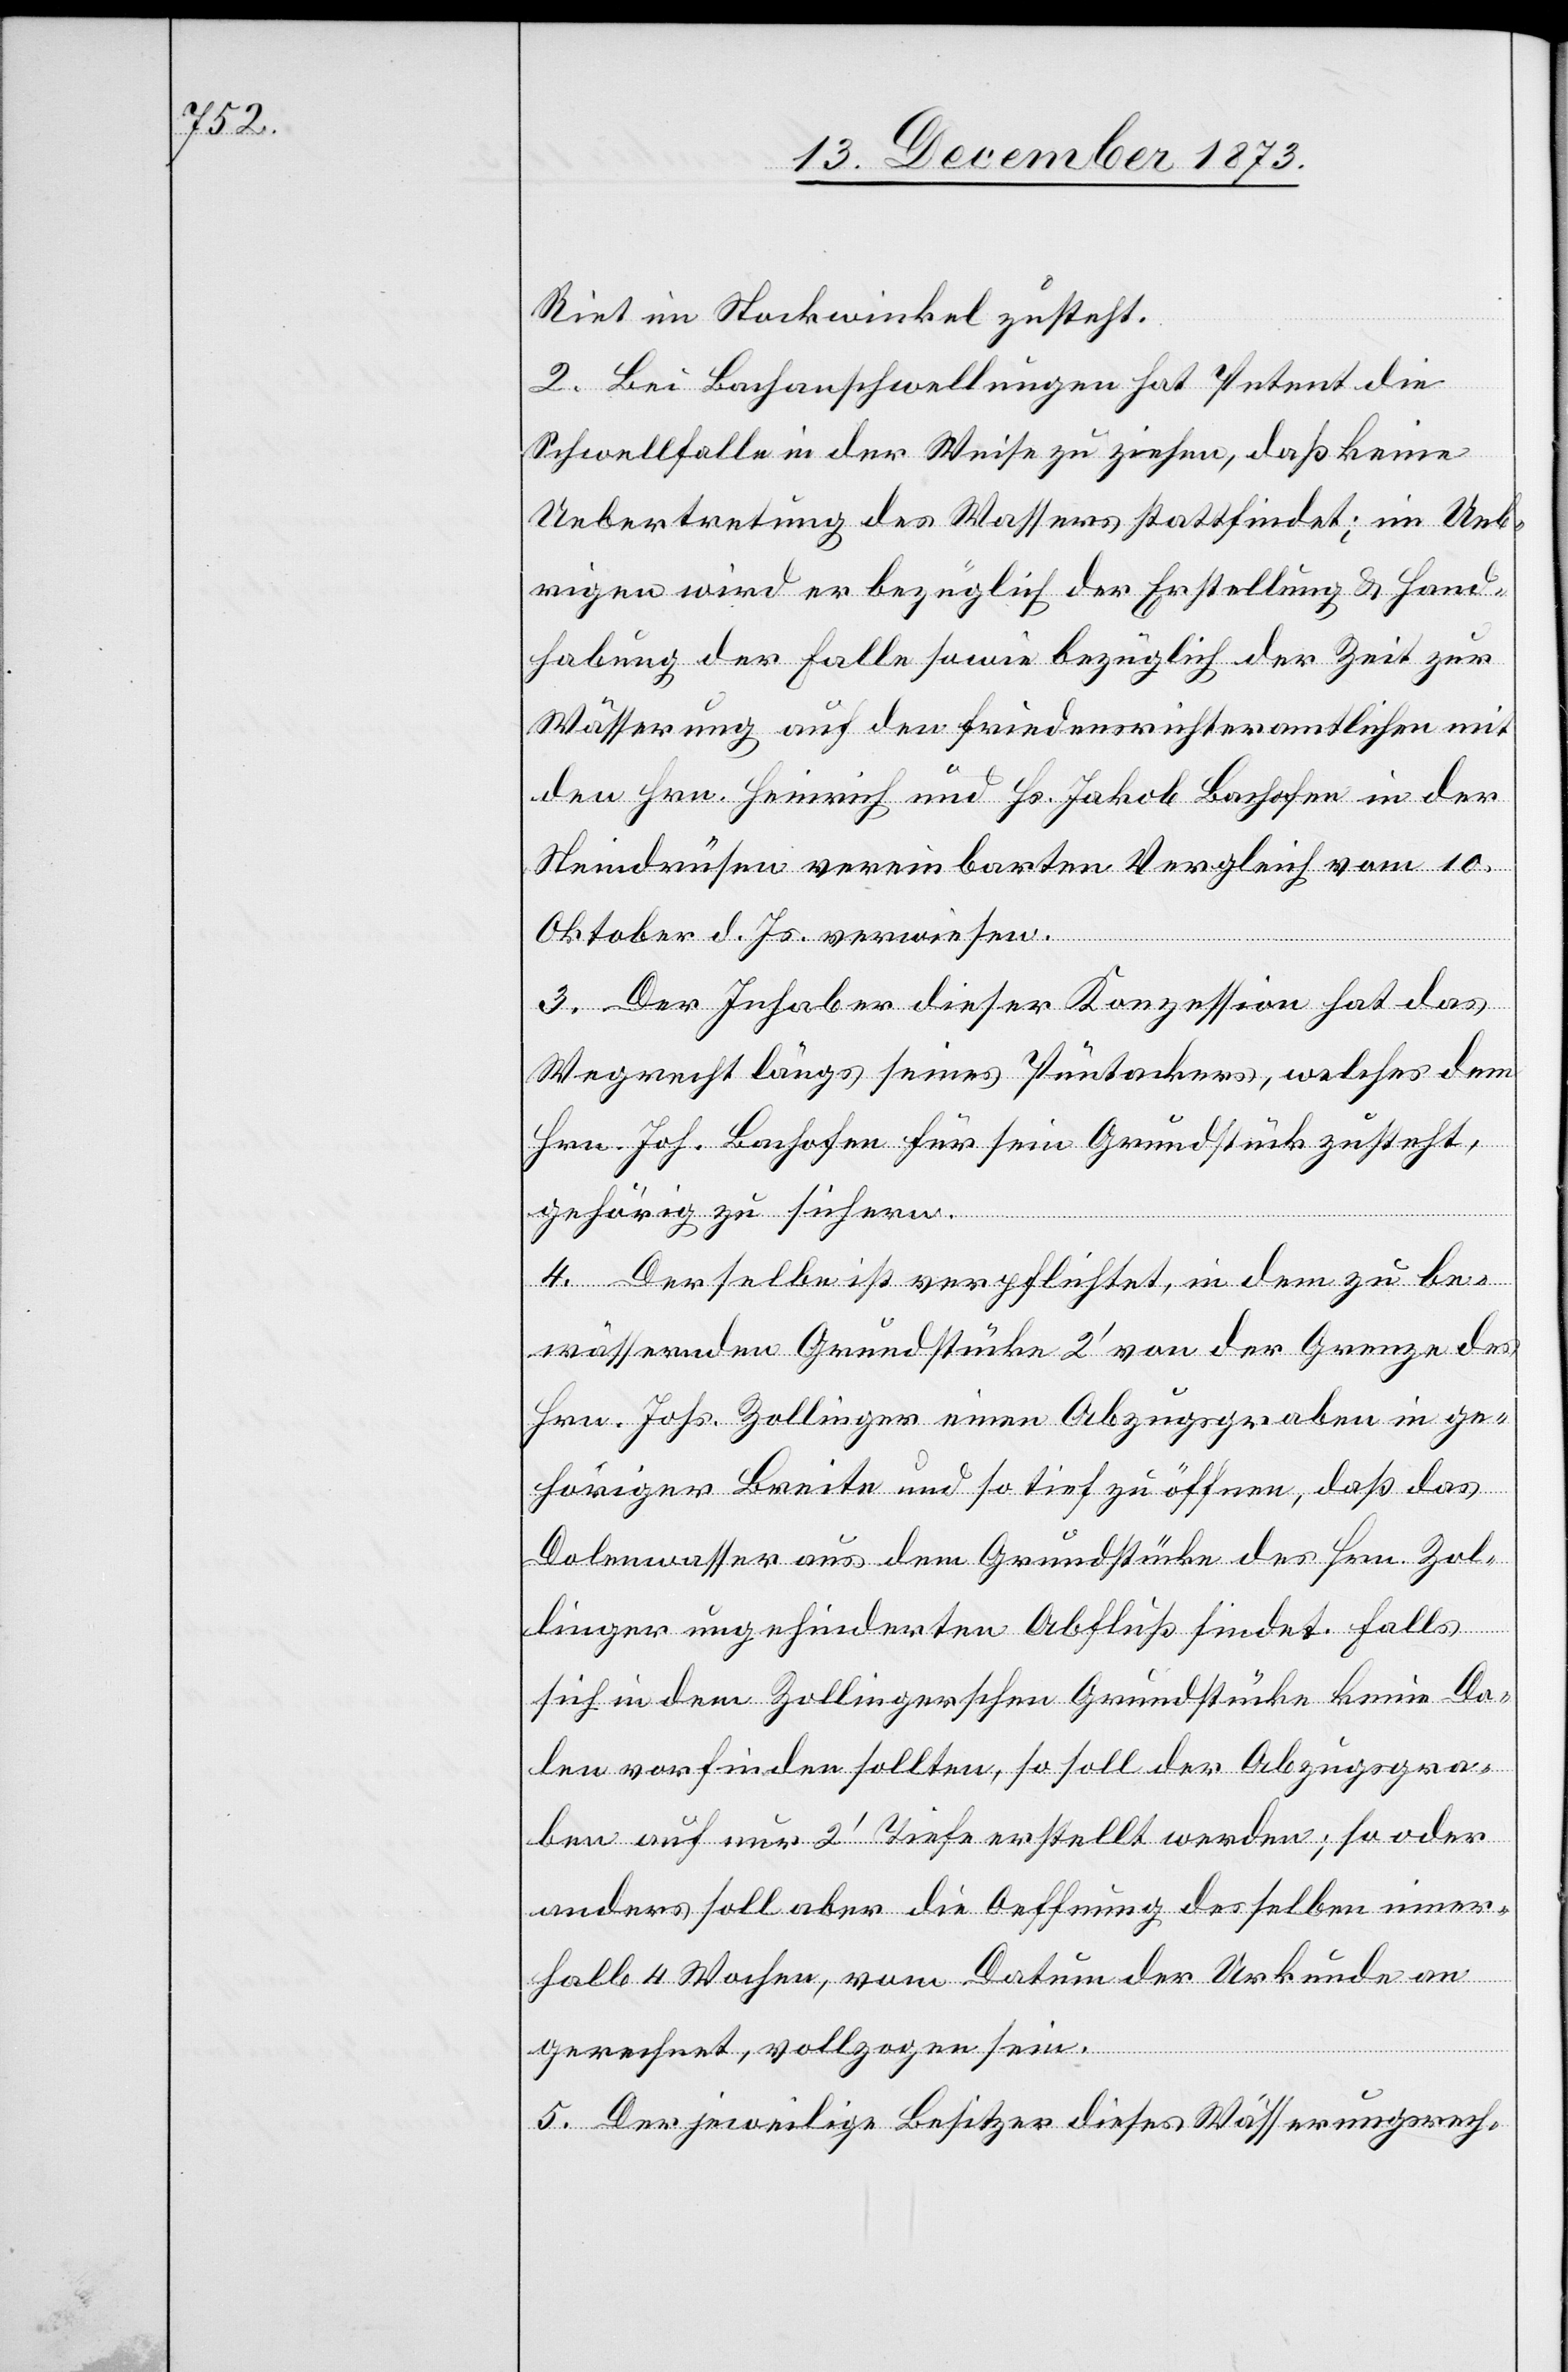
Riet im Stockwinkel zusteht.
2. Bei Bachanschwellungen hat Petent die
Schwellfalle in der Weise zu ziehen, daß keine
Uebertretung des Wassers stattfindet; im Ueb¬
rigen wird er bezüglich der Erstellung & Hand¬
habung der Falle sowie bezüglich der Zeit zur
Wässerung auf den friedensrichteramtlichen mit
den Hrn. Heinrich und Hs. Jakob Bachofen in der
Steindrüsen vereinbarten Vergleich vom 10.
Oktober d. Js. verwiesen.
3. Der Inhaber dieser Konzession hat das
Wegrecht längs seines Püntackers, welches dem
Hrn. Joh. Bachofen für sein Grundstück zusteht,
gehörig zu sichern.
4. Derselbe ist verpflichtet, in dem zu be¬
wässernden Grundstücke 2‘ von der Grenze des
Hrn. Johs. Zollinger einen Abzugsgraben in ge¬
höriger Breite und so tief zu öffnen, daß das
Dolenwasser aus dem Grundstücke des Hrn. Zol¬
linger ungehinderten Abfluß findet. Falls
sich in dem Zollingerschen Grundstücke keine Do¬
len vorfinden sollten, so soll der Abzugsgra¬
ben auf nur 2‘ Tiefe erstellt werden; so oder
anders soll aber die Oeffnung desselben inner¬
halb 4 Wochen, vom Datum der Urkunde an
gerechnet, vollzogen sein.
5. Der jeweilige Besitzer dieses Wässerungsrech-